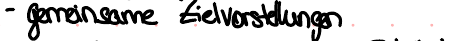
- gemeinsame Zielvorstellungen